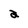
Character: a